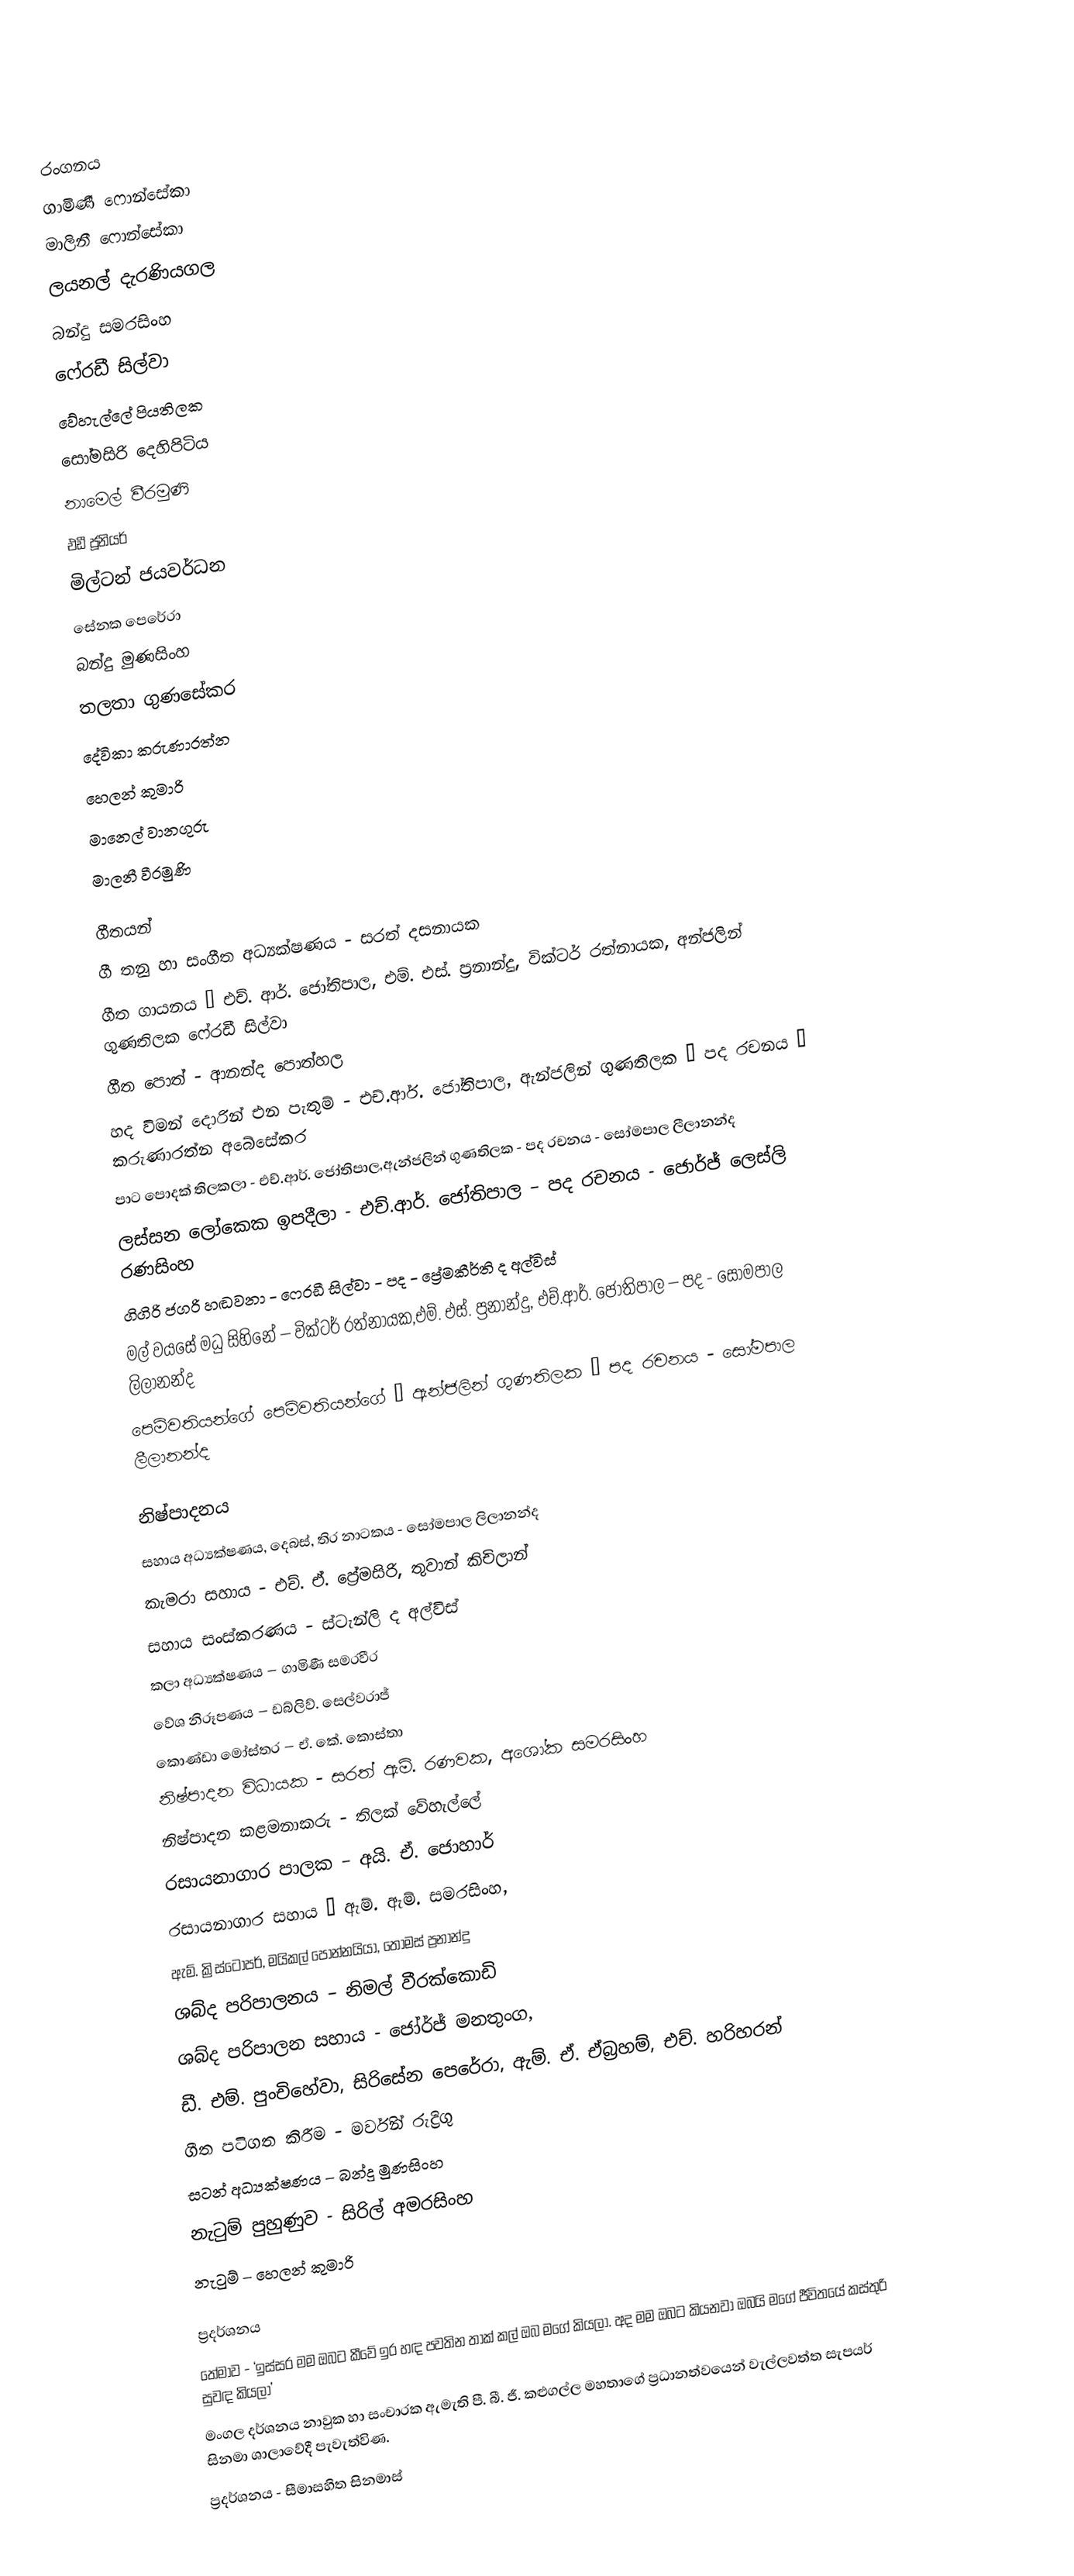

රංගනය
ගාමිණී ෆොන්සේකා
මාලිනී ෆොන්සේකා
ලයනල් දැරණියගල
බන්දු සමරසිංහ
ෆෙ‍්‍රඩී සිල්වා
වේහැල්ලේ පියතිලක
සෝමසිරි දෙහිපිටිය
නාමෙල් වීරමුණි
එඩී ජූනියර්
මිල්ටන් ජයවර්ධන
සේනක පෙරේරා
බන්දු මුණසිංහ
තලතා ගුණසේකර
දේවිකා කරුණාරත්න
හෙලන් කුමාරි
මානෙල් වානගුරු
මාලනී වීරමුණි

ගීතයන්
ගී තනු හා සංගීත අධ්‍යක්ෂණය - සරත් දසනායක
ගීත ගායනය – එච්. ආර්. ජෝතිපාල, එම්. එස්. ප්‍රනාන්දු, වික්ටර් රත්නායක, අන්ජලින් ගුණතිලක ෆෙ‍්‍රඩී සිල්වා
ගීත පොත් - ආනන්ද පොත්හල
හද විමන් දොරින් එන පැතුම් - එච්.ආර්. ජෝතිපාල, ඇන්ජලින් ගුණතිලක – පද රචනය – කරුණාරත්න අබේසේකර
පාට පොදක් තිලකලා - එච්.ආර්. ජෝතිපාල,ඇන්ජලින් ගුණතිලක - පද රචනය - සෝමපාල ලීලානන්ද
ලස්සන ලෝකෙක ඉපදීලා - එච්.ආර්. ජෝතිපාල – පද රචනය - ජොර්ජ් ලෙස්ලි රණසිංහ
ගිගිරි ජගරි හඬවනා - ෆෙ‍්‍රඩී සිල්වා - පද - ප්‍රේමකීර්ති ද අල්විස්
මල් වයසේ මධු සිහිනේ – වික්ටර් රත්නායක,එම්. එස්. ප්‍රනාන්දු, එච්.ආර්. ජෝතිපාල – පද - සෝමපාල ලිලානන්ද
පෙම්වතියන්ගේ පෙම්වතියන්ගේ – ඇන්ජලින් ගුණතිලක – පද රචනය - සෝමපාල ලීලානන්ද

නිෂ්පාදනය
සහාය අධ්‍යක්ෂණය, දෙබස්, තිර නාටකය - සෝමපාල ලිලානන්ද
කැමරා සහාය - එච්. ඒ. ප්‍රේමසිරි, තුවාන් කිචිලාන්
සහාය සංස්කරණය - ස්ටැන්ලි ද අල්විස්
කලා අධ්‍යක්ෂණය – ගාමිණී සමරවීර
වේශ නිරූපණය – ඩබ්ලිව්. සෙල්වරාජ්
කොණ්ඩා මෝස්තර – ඒ. කේ. කොස්තා
නිෂ්පාදන විධායක - සරත් ඇම්. රණවක, අශෝක සමරසිංහ
නිෂ්පාදන කළමනාකරු - තිලක් වේහැල්ලේ
රසායනාගාර පාලක – අයි. ඒ. ජොහාර්
රසායනාගාර සහාය – ඇම්. ඇම්. සමරසිංහ,
ඇම්. ක්‍රිස්ටෝපර්, මයිකල් පොන්නයියා, තෝමස් ප්‍රනාන්දු
ශබ්ද පරිපාලනය – නිමල් වීරක්කොඩි
ශබ්ද පරිපාලන සහාය - ජෝර්ජ් මනතුංග,
ඩී. එම්. පුංචිහේවා, සිරිසේන පෙරේරා, ඇම්. ඒ. ඒබ්‍රහම්, එච්. හරිහරන්
ගීත පටිගත කිරීම - මර්වින් රුද්‍රිගු
සටන් අධ්‍යක්ෂණය – බන්දු මුණසිංහ
නැටුම් පුහුණුව - සිරිල් අමරසිංහ
නැටුම් – හෙලන් කුමාරි

ප්‍රදර්ශනය
තේමාව - ‘ඉස්සර මම ඔබට කීවේ ඉර හඳ පවතින තාක් කල් ඔබ මගේ කියලා. අද මම ඔබට කියනවා ඔබයි මගේ ජීවිතයේ කස්තුරි සුවඳ කියලා’
මංගල දර්ශනය නාවුක හා සංචාරක ඇමැති පී. බී. ජී. කළුගල්ල මහතාගේ ප්‍රධානත්වයෙන් වැල්ලවත්ත සැපයර් සිනමා ශාලාවේදී පැවැත්විණ.
ප්‍රදර්ශනය - සීමාසහිත සිනමාස්